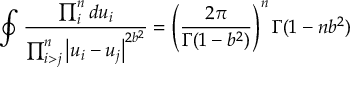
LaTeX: \oint \frac { \prod _ { i } ^ { n } d u _ { i } } { \prod _ { i > j } ^ { n } \left| u _ { i } - u _ { j } \right| ^ { 2 b ^ { 2 } } } = \left( \frac { 2 \pi } { \Gamma ( 1 - b ^ { 2 } ) } \right) ^ { n } \Gamma ( 1 - n b ^ { 2 } )